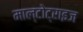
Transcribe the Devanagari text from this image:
माल्टोट्राइज